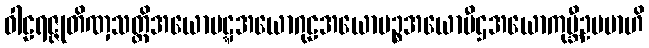
ဝါဠရဇ္ဇုတိဏှသတ္တိအယောပဋ္ဋအယောဂုဠအယောမဉ္စအယောပီဌအယောကုမ္ဘီဥပမာဟိ